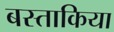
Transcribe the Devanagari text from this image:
बस्ताकिया